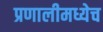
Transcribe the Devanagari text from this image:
प्रणालीमध्येच